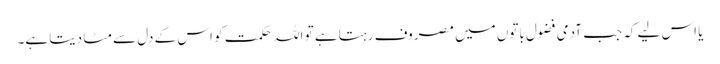
یا اس لیے کہ جب آدمی فضول باتوں میں مصروف رہتا ہے تو اللہ حکمت کو اس کے دل سے مٹا دیتا ہے۔